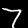
Digit: 7